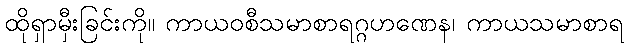
ထိုရှာမှီးခြင်းကို။ ကာယဝစီသမာစာရဂ္ဂဟဏေန၊ ကာယသမာစာရ